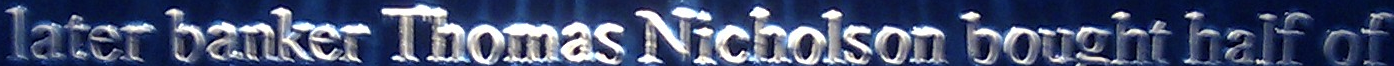
later banker Thomas Nicholson bought half of